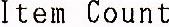
ITEM COUNT